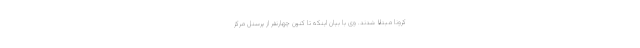
کرونا مبتلا شدند. وی با بیان اینکه تا کنون چهارنفر از پرسنل مرکز